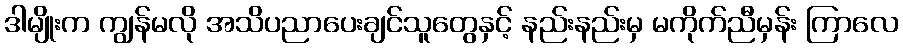
ဒါမျိုးက ကျွန်မလို အသိပညာပေးချင်သူတွေနှင့် နည်းနည်းမှ မကိုက်ညီမှန်း ကြာလေ